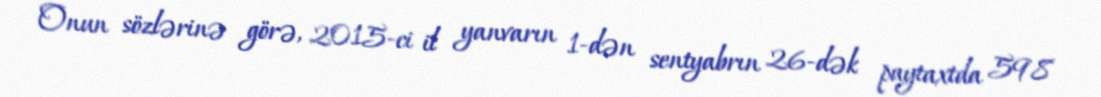
Onun sözlərinə görə, 2015-ci il yanvarın 1-dən sentyabrın 26-dək paytaxtda 598